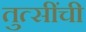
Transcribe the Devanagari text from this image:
तुत्‍सींची